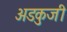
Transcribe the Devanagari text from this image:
अडकुजी